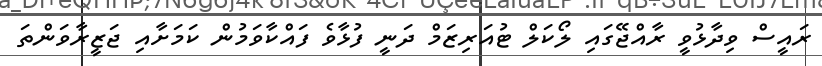
ރައީސް ވިދާޅުވީ ރާއްޖޭގައި ލޯކަލް ޓުއަރިޒަމް ދަނީ ފުޅާވެ ފައްކާވަމުން ކަމަށާއި ޖަޒީރާވަންތަ